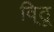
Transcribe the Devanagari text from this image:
वि्ठू